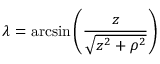
\lambda = \arcsin \left( { \frac { z } { \sqrt { z ^ { 2 } + \rho ^ { 2 } } } } \right)